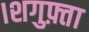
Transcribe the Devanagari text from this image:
।शगुफ़्ता